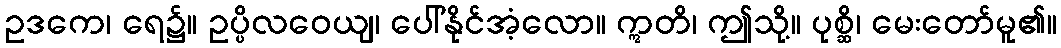
ဥဒကေ၊ ရေ၌။ ဥပ္ပိလဝေယျ၊ ပေါ်နိုင်အံ့လော။ ဣတိ၊ ဤသို့။ ပုစ္ဆိ၊ မေးတော်မူ၏။